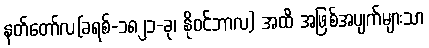
နတ်တော်လ(ခရစ်-၁၈၂၁-ခု၊ နိုဝင်ဘာလ) အထိ အဖြစ်အပျက်များသာ